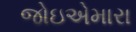
જોઇએમારા